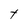
Character: t